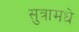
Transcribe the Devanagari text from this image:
सुत्रामधे